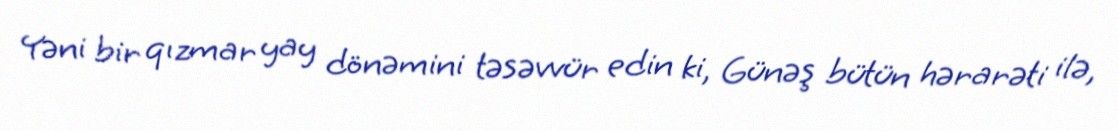
Yəni bir qızmar yay dönəmini təsəvvür edin ki, Günəş bütün hərarəti ilə,